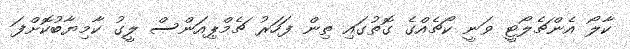
ކާލޯ އެންޗެލޯޓީ ވަނީ ކޯޗެއްގެ ގޮތުގައި ތިން ފަހަރު ޗެމްޕިއަންސް ލީގު ކާމިޔާބުކޮށްފަ